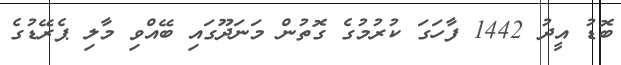
ބޮޑު އީދު 1442 ފާހަގަ ކުރުުމުގެ ގޮތުން މަނަދޫގައި ބޭއްވި މާލި ޕެރޭޑުގެ